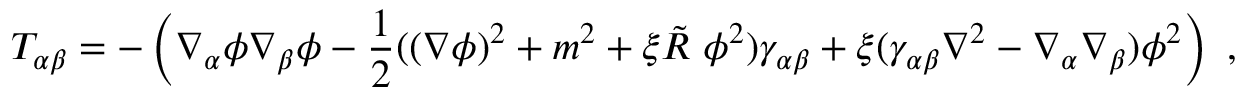
T _ { \alpha \beta } = - \left( \nabla _ { \alpha } \phi \nabla _ { \beta } \phi - \frac 1 2 ( ( \nabla \phi ) ^ { 2 } + m ^ { 2 } + \xi \tilde { R } ~ \phi ^ { 2 } ) \gamma _ { \alpha \beta } + \xi ( \gamma _ { \alpha \beta } \nabla ^ { 2 } - \nabla _ { \alpha } \nabla _ { \beta } ) \phi ^ { 2 } \right) ~ ,